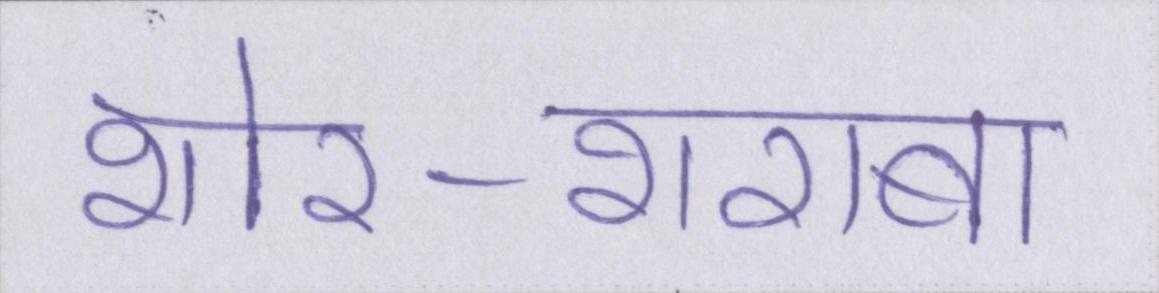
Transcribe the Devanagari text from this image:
शोर-शराबा